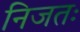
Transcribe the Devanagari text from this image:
निजतः